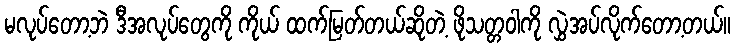
မလုပ်တော့ဘဲ ဒီအလုပ်တွေကို ကိုယ် ထက်မြတ်တယ်ဆိုတဲ့ ဖိုသတ္တဝါကို လွှဲအပ်လိုက်တော့တယ်။